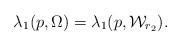
LaTeX: \begin{align*}\lambda_{1}(p,\Omega)=\lambda_{1}(p,\mathcal W_{r_{2}}).\end{align*}